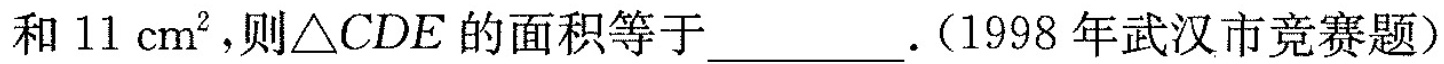
和11cm^{2}，则\triangle CDE的面积等于___。(1998年武汉市竞赛题)